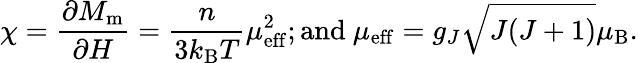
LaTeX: \chi={\frac{\partial M_{\mathrm{{m}}}}{\partial H}}={\frac{n}{3k_{\mathrm{{B}}}T}}\mu_{\mathrm{eff}}^{2}{\mathrm{;and~}}\mu_{\mathrm{eff}}=g_{J}{\sqrt{J(J+1)}}\mu_{\mathrm{B}}.